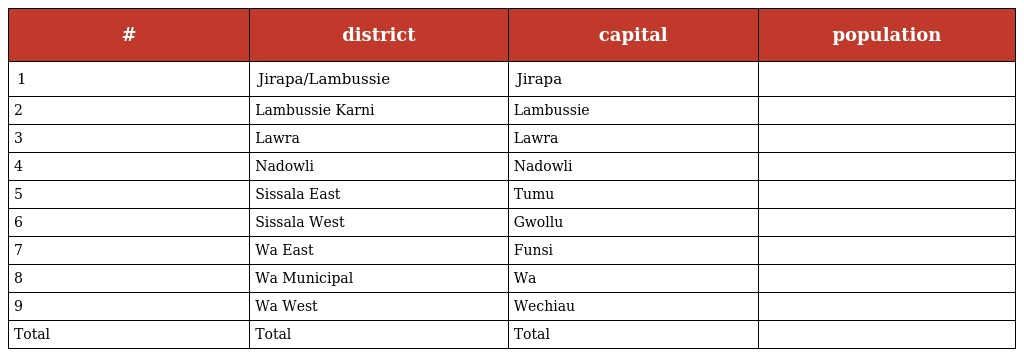
| # | district | capital | population |
 | --- | --- | --- | --- |
 | 1 | Jirapa/Lambussie | Jirapa |  |
 | 2 | Lambussie Karni | Lambussie |  |
 | 3 | Lawra | Lawra |  |
 | 4 | Nadowli | Nadowli |  |
 | 5 | Sissala East | Tumu |  |
 | 6 | Sissala West | Gwollu |  |
 | 7 | Wa East | Funsi |  |
 | 8 | Wa Municipal | Wa |  |
 | 9 | Wa West | Wechiau |  |
 | Total | Total | Total |  |